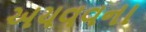
અયવવના